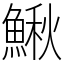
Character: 鰍